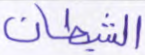
الشيطان